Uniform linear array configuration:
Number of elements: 24
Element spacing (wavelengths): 0.5
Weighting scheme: blackman
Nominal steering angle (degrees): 60
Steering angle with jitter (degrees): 59.459
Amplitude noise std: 0.05
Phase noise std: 0.05

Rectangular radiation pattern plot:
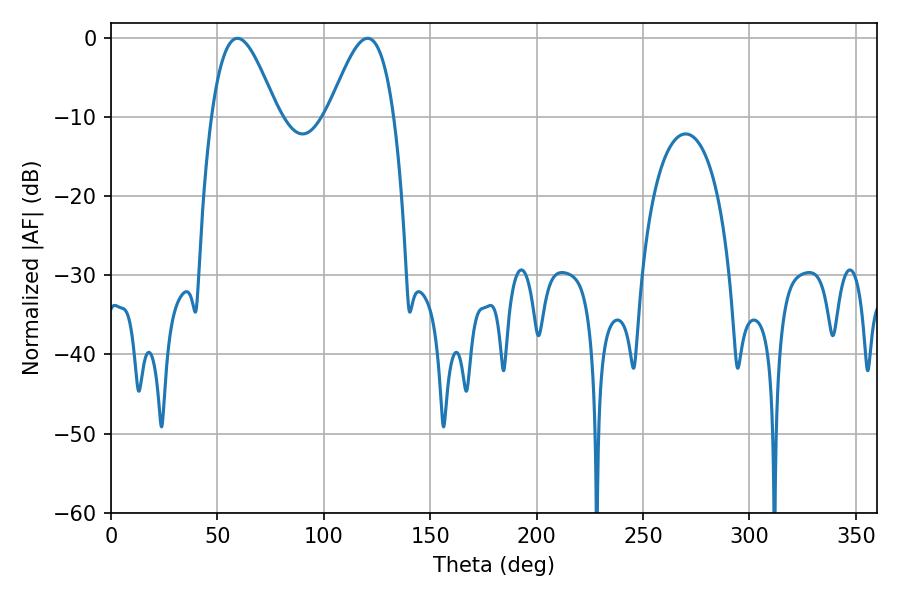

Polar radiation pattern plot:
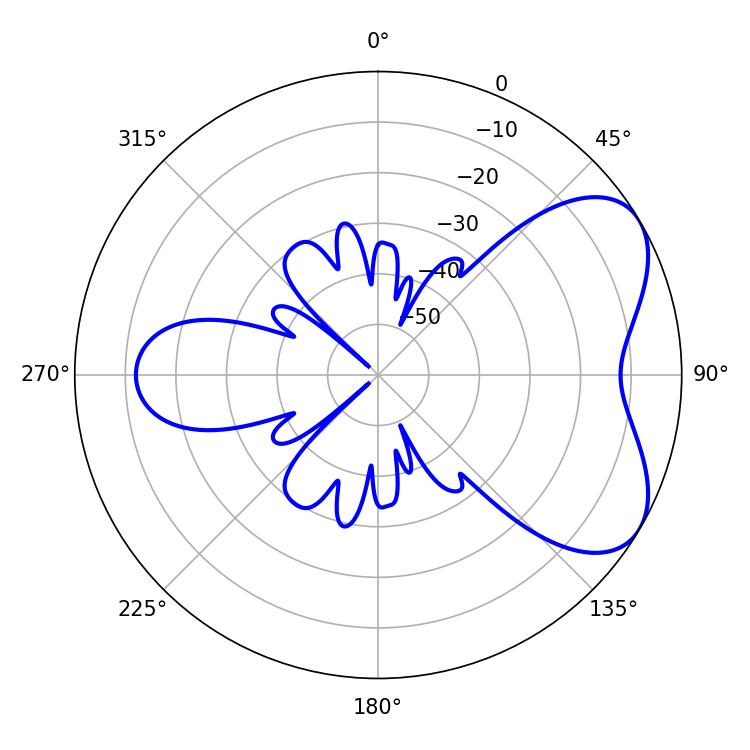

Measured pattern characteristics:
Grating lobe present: FALSE
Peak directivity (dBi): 5.603
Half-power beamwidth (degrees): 16.56
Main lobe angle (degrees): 59.4